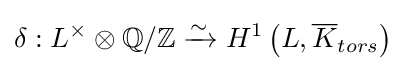
\delta :L^{\times }\otimes \mathbb {Q} /\mathbb {Z} \xrightarrow {\sim } H^{1}\left(L,{\overline {K}}_{tors}\right)